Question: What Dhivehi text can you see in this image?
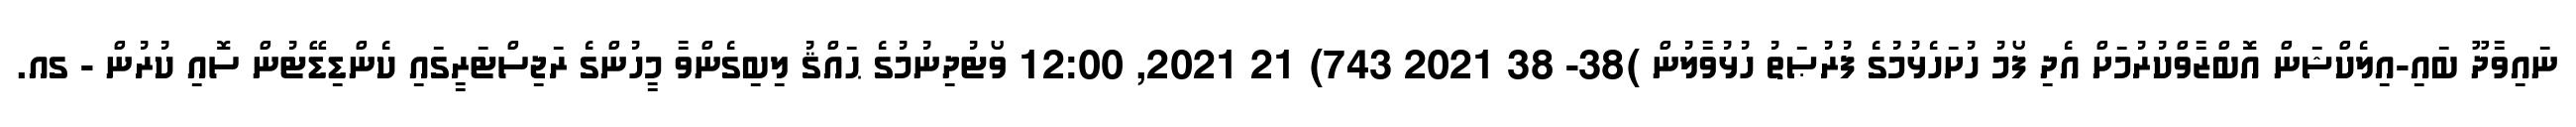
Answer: ނައިވާދޫ ބައި-އިލެކްޝަން އޮބްޒާވްކުރުމަށް އެދި ފޯމު ހުށަހެޅުމުގެ ފުރުޞަތު ހުޅުވާލުން )38- 38 2021 743) 21 2021, 12:00 ވޯޓުދިނުމުގެ ޙައްޤު ލިބިގެންވާ މީހުންގެ ރަޖިސްޓަރީގައި ކެންޑިޑޭޓުން ސޮއި ކުރުން - ގއ.